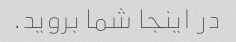
در اینجا شما بروید.